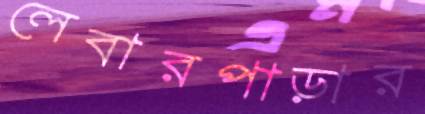
লেবারপাড়ার